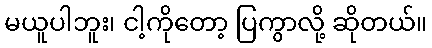
မယူပါဘူး၊ ငါ့ကိုတော့ ပြကွာလို့ ဆိုတယ်။